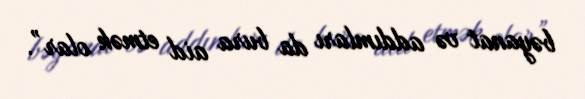
bəyanat və addımları da bura aid etmək olar”.